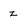
Character: z